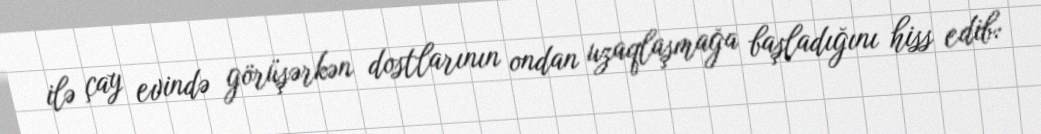
ilə çay evində görüşərkən dostlarının ondan uzaqlaşmağa başladığını hiss edib: